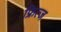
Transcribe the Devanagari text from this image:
फ्रित्ज